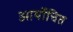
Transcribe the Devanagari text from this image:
आर्योचित